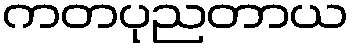
ကတပုညတာယ